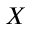
X